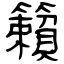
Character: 籟